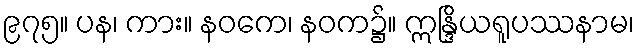
၉၇၅။ ပန၊ ကား။ နဝကေ၊ နဝက၌။ ဣန္ဒြိယရူပဿနာမ၊